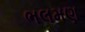
ભલમણ